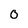
Character: 0